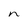
Character: n